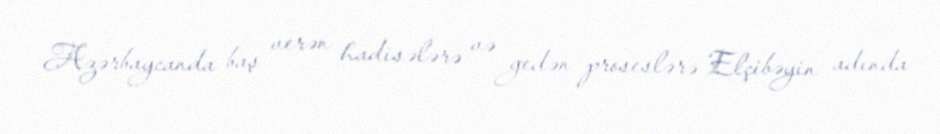
Azərbaycanda baş verən hadisələrə və gedən proseslərə Elçibəyin adında